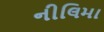
નીલિમા